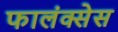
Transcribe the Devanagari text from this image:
फालंक्सेस